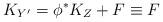
LaTeX: \begin{align*}K_{Y^{\prime}}=\phi^{\ast}K_Z+F \equiv F\end{align*}